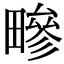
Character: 㽩